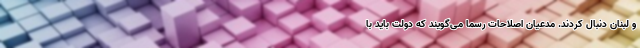
و لبنان دنبال کردند. مدعیان اصلاحات رسماً می‌گویند که دولت باید با